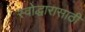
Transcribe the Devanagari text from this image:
स्वोद्धारासाठी